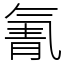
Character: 氰